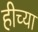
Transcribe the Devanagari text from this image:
हीच्या